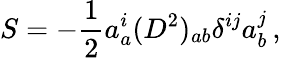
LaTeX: S=-\frac{1}{2}a_{a}^{i}(D^{2})_{ab}{\delta}^{ij}a_{b}^{j}\, ,